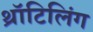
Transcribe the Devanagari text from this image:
थ्रॉटिलिंग